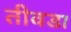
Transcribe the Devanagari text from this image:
तीवडा